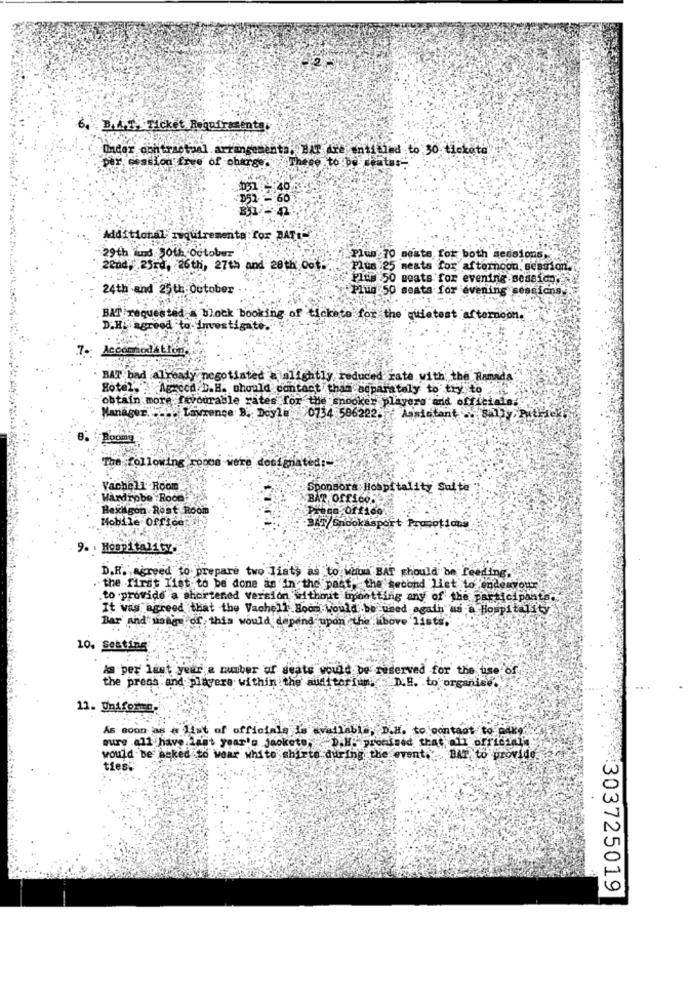
BALE, Ticket Requirasenta
Under contractual arrangements, BAT Are entitled to 30 Mickote
per session free of charge.
These to Do whatas-
05140
252 - 60
Additional- requirementa for BAT
29th lund 30th October
Plus 70 meste for both sessions.
22nd, 23rd, 26th, 27th and 28th oat.
Plus 25 seats for afternoon, session.
Plus:50 Beats for evening session.
24th and 25 th-Outober
Plug 50 seats for evening sessions.
BAT requested block booking of tickets for the quietest afternoon.
D.H. agreed to Investigate.
7. Accomodatie
BAT bad already negotiated _ alightly reduced rate with the Ramada
Hotel'."Agrood D.H. should contact tham separately to try to
obtain more favourable rates for the snooker players and officials.
. Lawrence B. Doyle 0734 586222. Assistant .sally Patricks
Rodiny
The following roocs were designated:"
Vachell Room
Sponsora Hospitality Suite
Wardrobe Room
BAT Offico.
Hexagon Rost Room
Prega Officer
Mobile Office
BAT Snookasport Promotionin
9. . Hospitality.
D.H. agreed to prepare two Tist, as to Whom BAT should be feeding.
. the first Tist to be done as in the past, the second Liet to endeavour
.to provide a shortened version without mpbetting any of the participante.
It was agreed that the Vachell Boos Would be used again us a Hospitality
Bar' and sale of this would depend upon the above lists,
10. Setting
As per last year a number of seats would be reserved for the use of
the prens and piacere within the auditorium. D.B. to organise.
11. Uniforme.
As soon as @ list of officials Is available, D.H. to contact to PAKe.
sure .all have.last year's jackete, D.H. promised that all official
would be asked to wear white shirts during the event. BAT to provide
ties:
#303725019